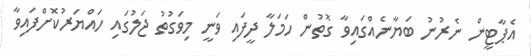
އެޕާޓީން ނެރުނު ބަޔާނެއްގައިވާ ގޮތުން ހަމަލާ ދީފައި ވަނީ މިވަގުތު ޖަލުގައި ހައްޔަރުކޮށްފައިވާ